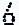
6